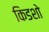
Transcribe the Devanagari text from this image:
किडशो